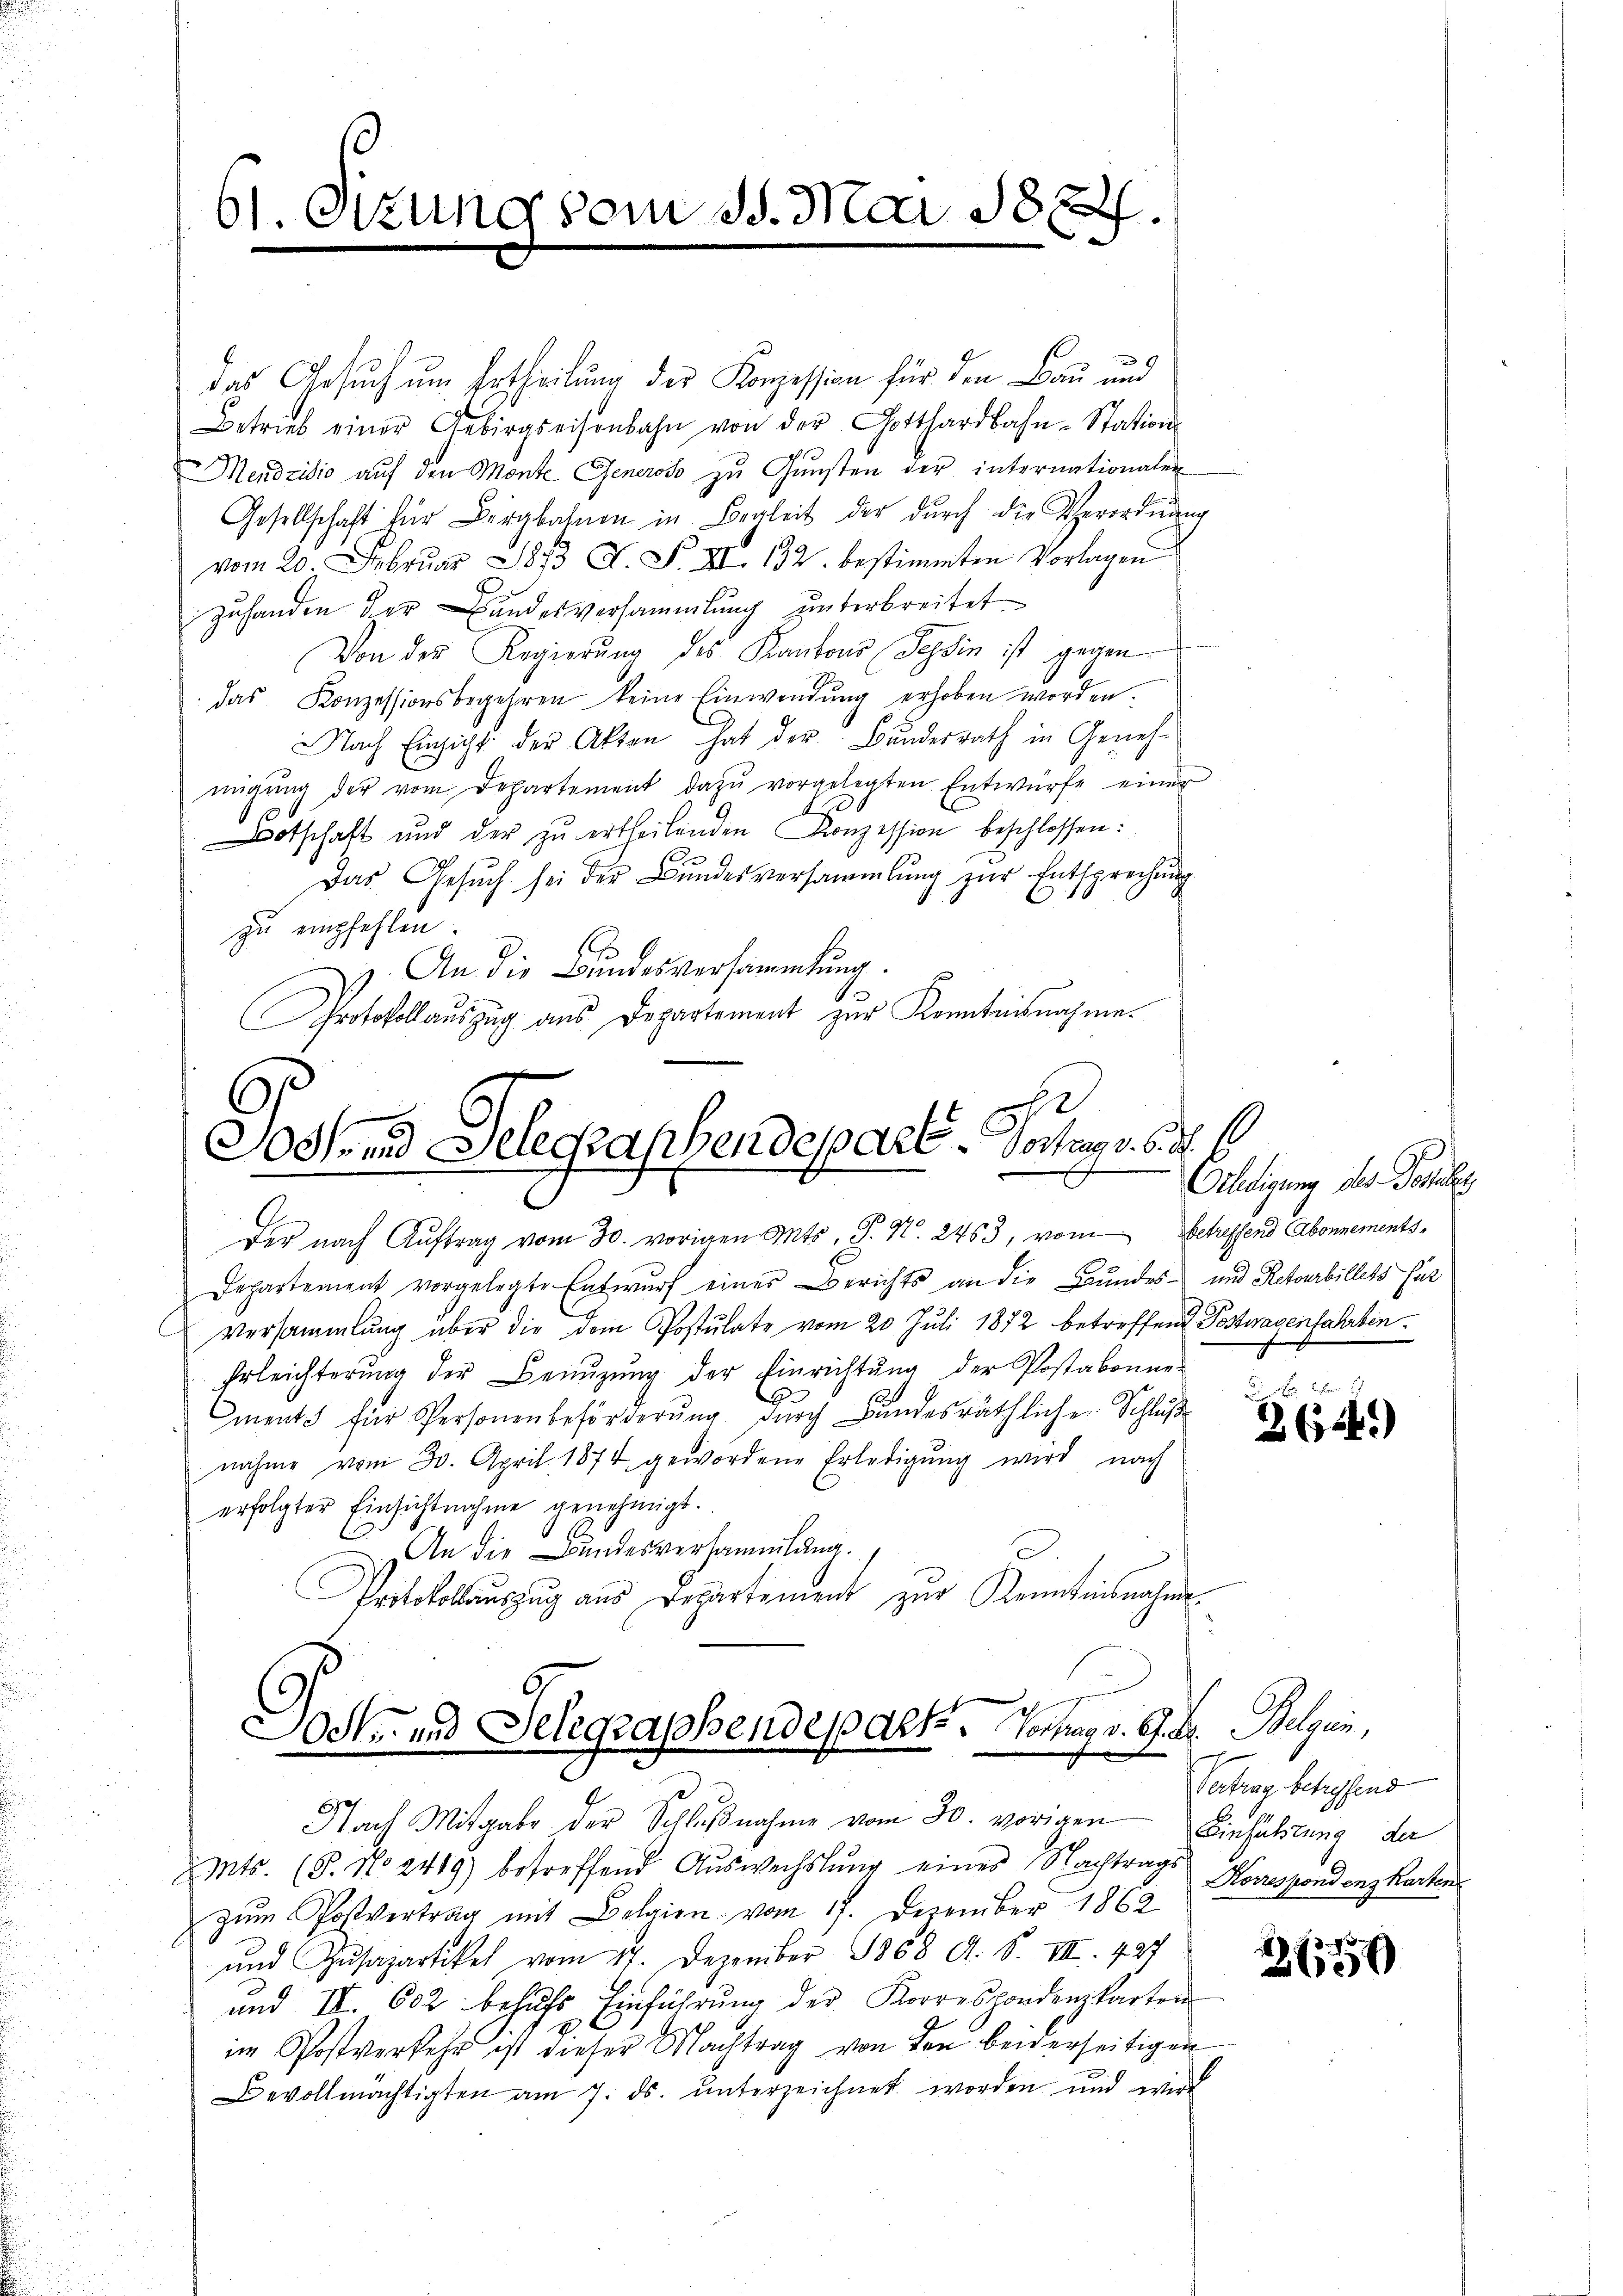
61. Ottung vom 15. Mai 1882.

das Gesuch um Ertheilung der Konzession für den Bau und
Betrieb einer Gebirgseisenbahn von der Gotthardbahn-Stations
Mendzidio auf den Monte Generoso zu Gunsten der internationalen
Gesellschaft für Bergbahnen in Begleit der dŭrch die Verordnŭng
vom 20. Februar 1873 A. S. XI. 132. bestimmten Vorlagen
zuhanden der Bundesversammlung unterbreitet.
Von der Regierŭng des Kantons Tessin ist gegen
das Konzessionsbegehren keine Einwendŭng erhoben worden.
Nach Einsicht der Akten hat der Bundesrath in Genehmigung der vom Departement dazu vorgelegten Entwürfe einer
otschaft und der zu ertheilenden Konzession beschlossen:
Das Gesŭch sei der Bundesversammlung zŭr Entsprechung
zu empfehlen.
i
E
An die Bundesversammlung.
Protokollauszug aus Departement zur Kenntnisnahme

Sostrend Delegraphendepart. Vorten d. 6. d. 6
E
der nach Aŭftrag vom 30. vorigen Mts. S. Nr. 2463, vom Scheffend Abonnements¬

Jock und Selegraphendeparte Vortrag v. G. B. Belgien,
Nach Mitgabe der Schlŭβnahme vom 30. vorigen Einfüllung der

Departement vorgelegte Entwurf eines Berichts an die Bundes- und Retourbillets fur
Versammlung über die Dein Postulate vom 20. Juli 1872 betreffene Posteragenfahrten.
Erleichterung der Benuzung der Einrichtung der Postabonne-
G
ments für Personenbeförderŭng durch Bundesräthliche Schluß
nahme vom 30. April 1874 gewordene Erledigŭng wird nach
erfolgter Einsichtnahme genehmigt.
An die Bundesversammlung.
Protokollauszug aus Departement zur Kenntnisnahme.

Mts. (T. No. 2419) betreffend Aŭswechslung eines Nachtrags Korrespondenzkarten
zum Postvertrag mit Belgien vom 17. Dezember 1862
und Zŭsapartikel vom 17. Dezember 1868 A. S. VIII. 427
und II. 602 behŭfs Einführŭng der Korrespondenzkarton
.
im Postverkehr ist dieser Nachtrag von den beiderseitigen
Bevollmächtigten am 7. ds. unterzeichnet worden und wird

Brledigung des Gesuches

n
2 (124.)

Vertrag betrefend

21799